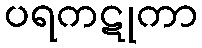
ပရကဋုကာ